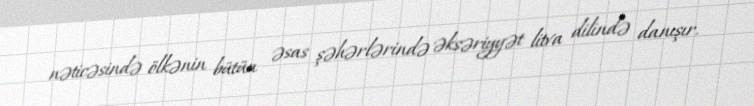
nəticəsində ölkənin bütün əsas şəhərlərində əksəriyyət litva dilində danışır.